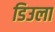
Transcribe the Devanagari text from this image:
डिउला